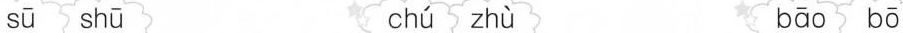
sū shū chú zhù bāo bō